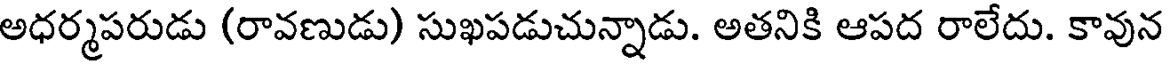
అధర్మపరుడు (రావణుడు) సుఖపడుచున్నాడు. అతనికి ఆపద రాలేదు. కావున